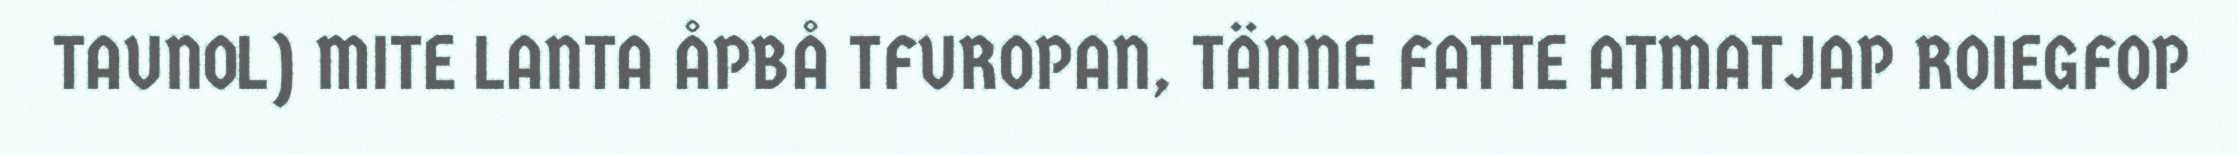
TAUNOL) MITE LANTA ÅPBÅ TFUROPAN, TÄNNE FATTE ATMATJAP ROIEGFOP